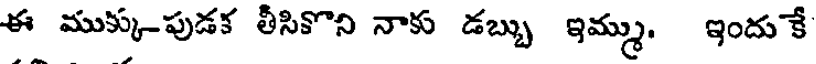
ఈ ముక్కుపుడక తీసికొని నాకు డబ్బు ఇమ్ము. ఇందుకే